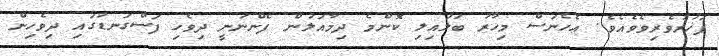
ފަޚުރުވެރިވެވެއެވެ. ޢެހެނަސް މިހާރު ބަލައިލި ކޮންމެ ދިމާއަލުން ފެންނަނީ ދިވެހި ފަސްގަނޑުގައި ދިވެހިން